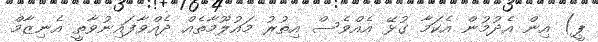
ޕީ) އިން އެދުމުން އެކަމާ ގުޅޭ އެއްވެސް އިތުރު މައުލޫމާތެއް ދެއްވާފައިނުވާތީ އެނިޒާމް